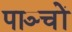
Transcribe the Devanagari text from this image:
पाञ्चों